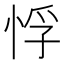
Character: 𭝂